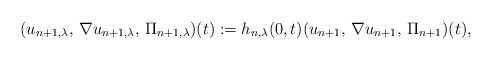
\begin{align*}(u_{n+1, \lambda},\,\nabla u_{n+1, \lambda},\,\Pi_{n+1, \lambda} )(t):= h_{n,\lambda }(0,t)(u_{n+1},\,\nabla u_{n+1},\,\Pi_{n+1} )(t),\end{align*}